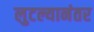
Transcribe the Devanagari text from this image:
लुटल्यानंतर